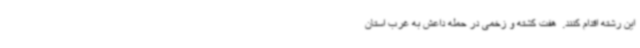
این رشته اقدام کنند. ‌ هفت کشته و زخمی در حمله داعش به غرب استان